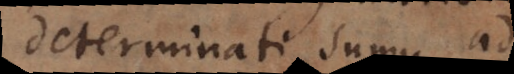
determinati sumus ad